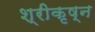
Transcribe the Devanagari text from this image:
श्रीकृष्न